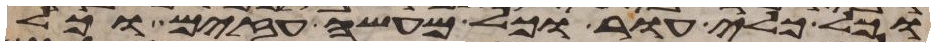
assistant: וכל כלי עור וכל מעשה עזים וכל